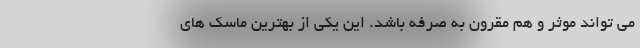
می تواند موثر و هم مقرون به صرفه باشد. این یکی از بهترین ماسک های